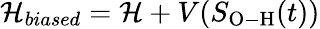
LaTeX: \mathcal{H}_{biased}=\mathcal{H}+V(S_{\mathrm{O-H}}(t))